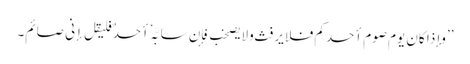
’’وإذا کان یوم صوم أحدکم فلا یرفث ولایصخب فإن سابَّہٗ أحدٌ فلیقل إنی صائم۔